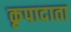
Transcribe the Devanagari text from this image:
कृपादाता